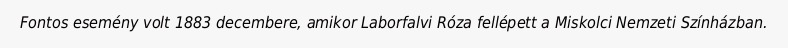
Fontos esemény volt 1883 decembere, amikor Laborfalvi Róza fellépett a Miskolci Nemzeti Színházban.